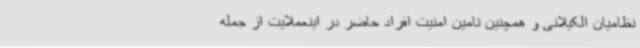
نظامیان الکیلانی و همچنین تامین امنیت افراد حاضر در اینعملایت از جمله